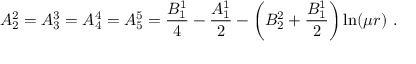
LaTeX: A _ { 2 } ^ { 2 } = A _ { 3 } ^ { 3 } = A _ { 4 } ^ { 4 } = A _ { 5 } ^ { 5 } = \frac { B _ { 1 } ^ { 1 } } 4 - \frac { A _ { 1 } ^ { 1 } } 2 - \left( B _ { 2 } ^ { 2 } + \frac { B _ { 1 } ^ { 1 } } 2 \right) \ln ( \mu r ) \ .